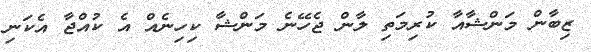
ޒިބާން މަންޝާއާ ކުރިމަތި ލާން ޖެހޭނެ މަންޝާ ކިހިނެއް އެ ކުއްޖާ އެކަނި